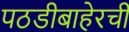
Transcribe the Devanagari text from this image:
पठडीबाहेरची